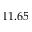
1 1 . 6 5